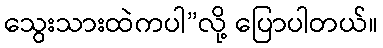
သွေးသားထဲကပါ”လို့ ပြောပါတယ်။